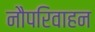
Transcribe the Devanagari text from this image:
नौपरिवाहन